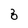
Character: 6